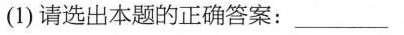
(1)请选出本题的正确答案:___